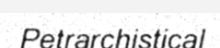
Petrarchistical